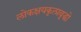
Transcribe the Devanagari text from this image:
लोकक्षयकृत्प्रवृद्धो